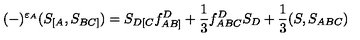
( - ) ^ { \varepsilon _ { A } } ( S _ { [ A } , S _ { B C ] } ) = S _ { D [ C } f _ { A B ] } ^ { D } + \mathrm { \small { \frac { 1 } { 3 } } } f _ { A B C } ^ { D } S _ { D } + \mathrm { \small { \frac { 1 } { 3 } } } ( S , S _ { A B C } )